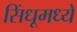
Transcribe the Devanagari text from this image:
सिंधूमध्ये